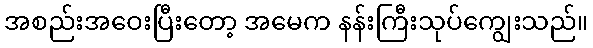
အစည်းအဝေးပြီးတော့ အမေက နန်းကြီးသုပ်ကျွေးသည်။